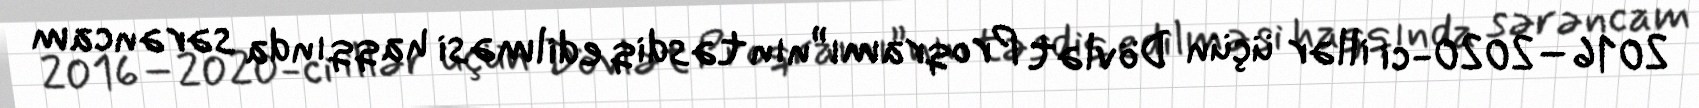
2016–2020-ci illər üçün Dövlət Proqramı”nın təsdiq edilməsi haqqında sərəncam